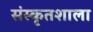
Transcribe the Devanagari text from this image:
संस्कृतशाला